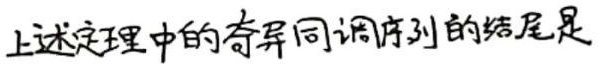
上述定理中的奇异同调序列的结尾是